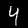
Digit: 4